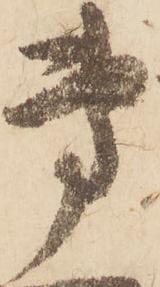
専